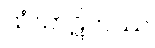
သံဃာဋိကဿ